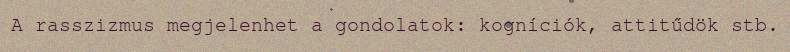
A rasszizmus megjelenhet a gondolatok: kogníciók, attitűdök stb.